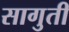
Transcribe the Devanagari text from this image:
सागुती